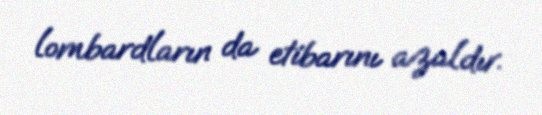
lombardların da etibarını azaldır.